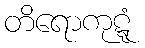
တိရောကုဋ္ဋံ